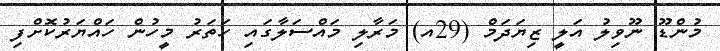
މުންޑޫ ނޫވިލު އަލީ ޒިޔަދަމް (29އ) މަރާލި މައްސަލާގައި ހަތަރު މީހުން ހައްޔަރުކޮށްފި